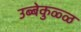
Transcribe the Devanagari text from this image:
उब्बेकुळ्ळ